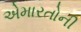
એમારતોની